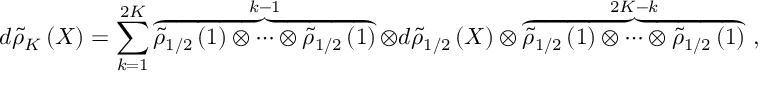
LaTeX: d { \tilde { \rho } } _ { K } \left( X \right) = \sum _ { k = 1 } ^ { 2 K } { \overbrace { { \tilde { \rho } } _ { 1 / 2 } \left( 1 \right) \otimes \cdots \otimes { \tilde { \rho } } _ { 1 / 2 } \left( 1 \right) } ^ { k - 1 } \otimes d { \tilde { \rho } } _ { 1 / 2 } \left( X \right) \otimes \overbrace { { \tilde { \rho } } _ { 1 / 2 } \left( 1 \right) \otimes \cdots \otimes { \tilde { \rho } } _ { 1 / 2 } \left( 1 \right) } ^ { 2 K - k } } \ ,